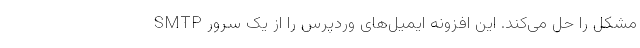
مشکل را حل می‌کند. این افزونه ایمیل‌های وردپرس را از یک سرور SMTP